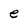
Character: e